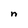
Character: n